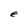
Character: E